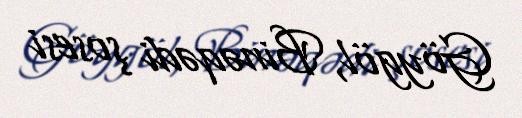
Göygöl, Binəqədi şosesi